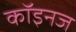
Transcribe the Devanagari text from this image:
कॉइनज